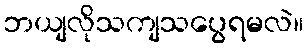
ဘယျလိုသကျသပွေရမလဲ။